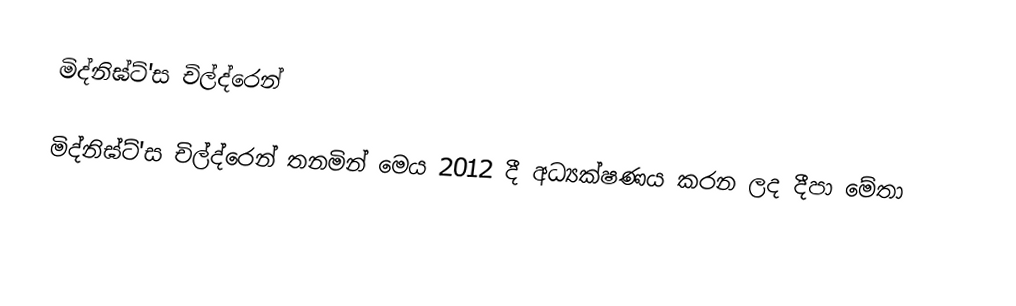
මිද්නිඝ්ට්'ස චිල්ද්රෙන්

මිද්නිඝ්ට්'ස චිල්ද්රෙන් තනමින් මෙය 2012 දී අධ්‍යක්ෂණය කරන ලද දීපා මේතා